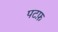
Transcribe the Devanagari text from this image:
पटफ़